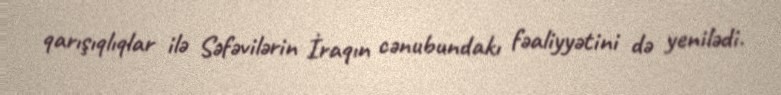
qarışıqlıqlar ilə Səfəvilərin İraqın cənubundakı fəaliyyətini də yenilədi.